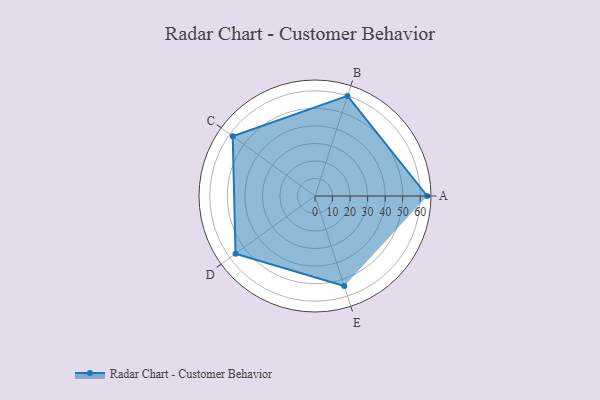
{"axis": {"x": "Skill", "y": "Score"}, "legend": ["Profile"], "data": [{"x": "A", "y": 64.0, "type": "Profile"}, {"x": "B", "y": 60.0, "type": "Profile"}, {"x": "C", "y": 58.0, "type": "Profile"}, {"x": "D", "y": 56.0, "type": "Profile"}, {"x": "E", "y": 54.0, "type": "Profile"}]}